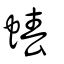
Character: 蝽